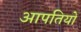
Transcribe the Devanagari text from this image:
आपतियों